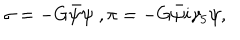
LaTeX: \sigma = - G \bar { \psi } \psi \; , \pi = - G \bar { \psi } i \gamma _ { 5 } \psi ,